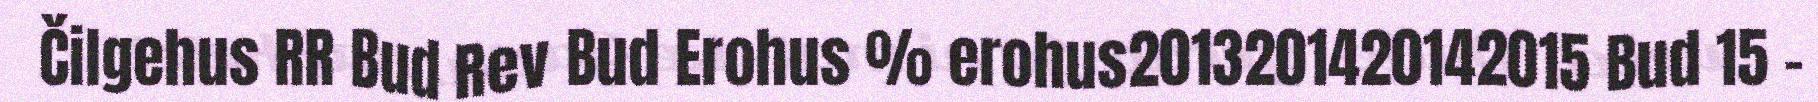
Čilgehus RR Bud Rev Bud Erohus % erohus2013201420142015 Bud 15 -